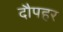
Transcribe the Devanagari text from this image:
दौपहर